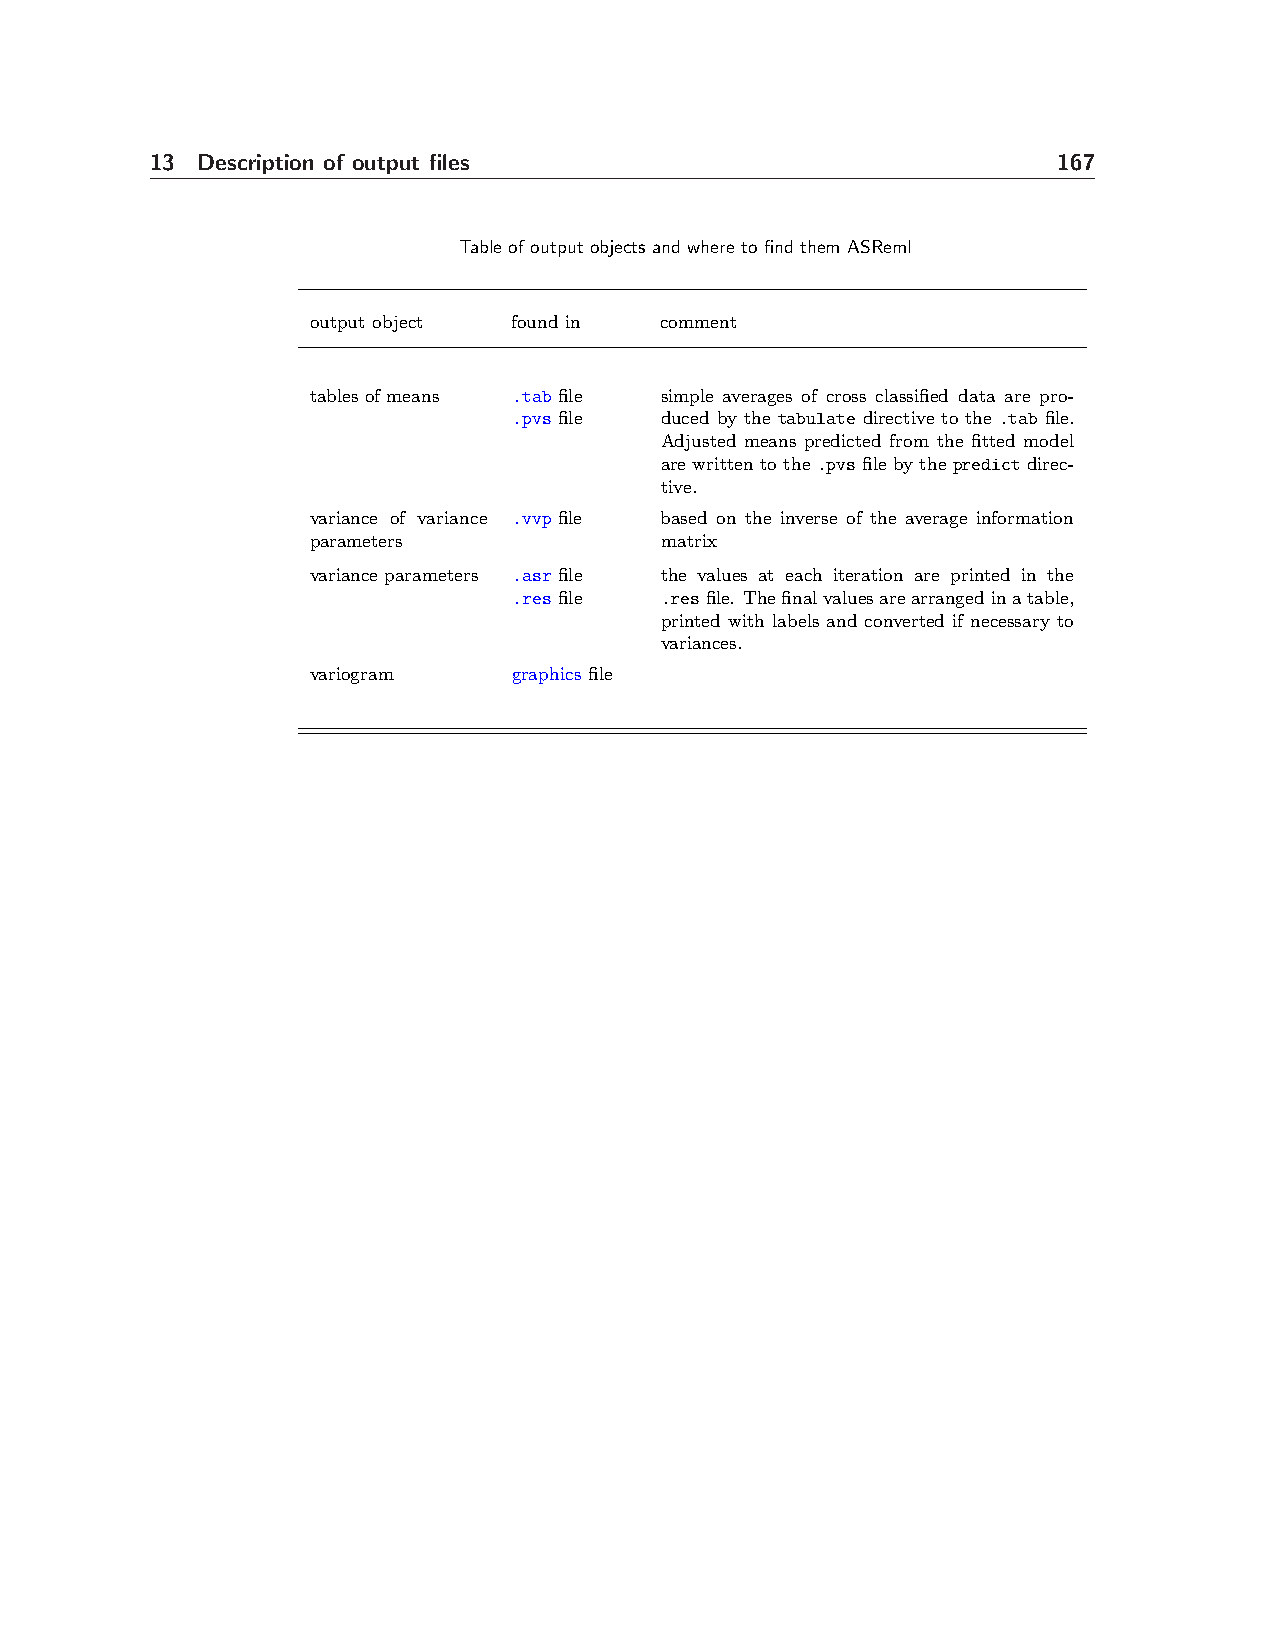
13 Description of output files                              167
 Table of output objects and where to find them ASReml
 output object found in comment
 tables of means .tab file simple averages of cross classified data are pro-
 .pvs file duced by the tabulate directive to the .tab file.
 Adjusted means predicted from the fitted model
 are written to the .pvs file by the predict direc-
 tive.
 variance of variance .vvp file based on the inverse of the average information
 parameters             matrix
 variance parameters .asr file the values at each iteration are printed in the
 .res file .resfile. Thefinalvaluesarearrangedinatable,
 printed with labels and converted if necessary to
 variances.
 variogram    graphics file